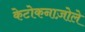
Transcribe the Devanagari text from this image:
केटोकनाज़ोले